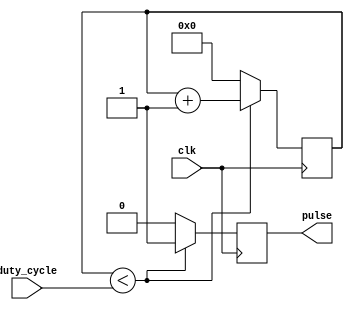
module DutyCyclePulseGenerator (
    input wire clk,
    input wire [7:0] duty_cycle,
    output reg pulse
);

reg [7:0] counter;

always @(posedge clk) begin
    if (counter < duty_cycle) begin
        pulse <= 1;
        counter <= counter + 1;
    end else begin
        pulse <= 0;
        counter <= 0;
    end
end

endmodule